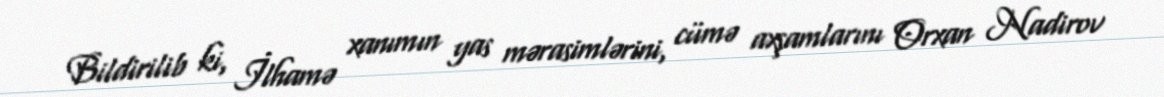
Bildirilib ki, İlhamə xanımın yas mərasimlərini, cümə axşamlarını Orxan Nadirov